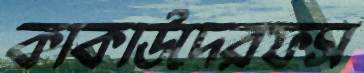
কাকাউদেরফস